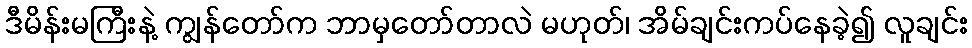
ဒီမိန်းမကြီးနဲ့ ကျွန်တော်က ဘာမှတော်တာလဲ မဟုတ်၊ အိမ်ချင်းကပ်နေခဲ့၍ လူချင်း